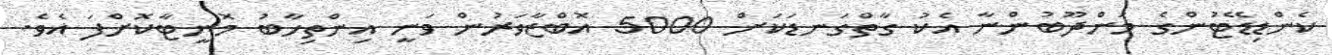
ކެންޑިޑޭޓުންގެ މަންދޫބުންނާ އެކު ގާތްގަނޑަކަށް 5000 އޮބްޒާވަރުން ވަނީ އިންތިހާބު މޮނީޓާކޮށްފަ އެވެ.